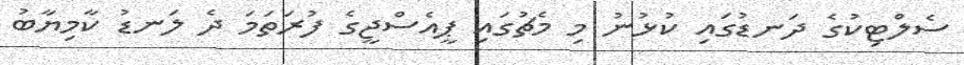
ސެލްޓިކުގެ ދަނޑުގައި ކުޅުނު މި މެޗުގައި ޕީއެސްޖީގެ ފުރަތަމަ ދެ ލަނޑު ކާމިޔާބު